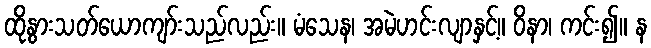
ထိုနွားသတ်ယောကျာ်းသည်လည်း။ မံသေန၊ အမဲဟင်းလျာနှင့်။ ဝိနာ၊ ကင်း၍။ န